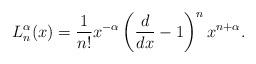
LaTeX: \begin{align*}L_n^{\alpha}(x)=\frac{1}{n!}x^{-\alpha}\left(\frac{d}{dx}-1\right)^nx^{n+\alpha}.\end{align*}